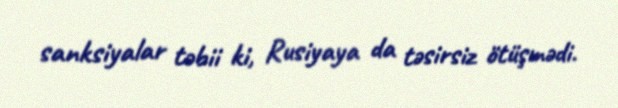
sanksiyalar təbii ki, Rusiyaya da təsirsiz ötüşmədi.